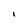
Character: I